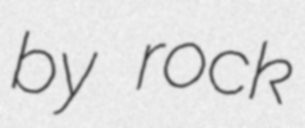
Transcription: by rock